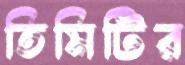
তিমিটির